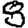
Digit: 8